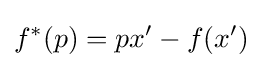
f^{*}(p)=px'-f(x')